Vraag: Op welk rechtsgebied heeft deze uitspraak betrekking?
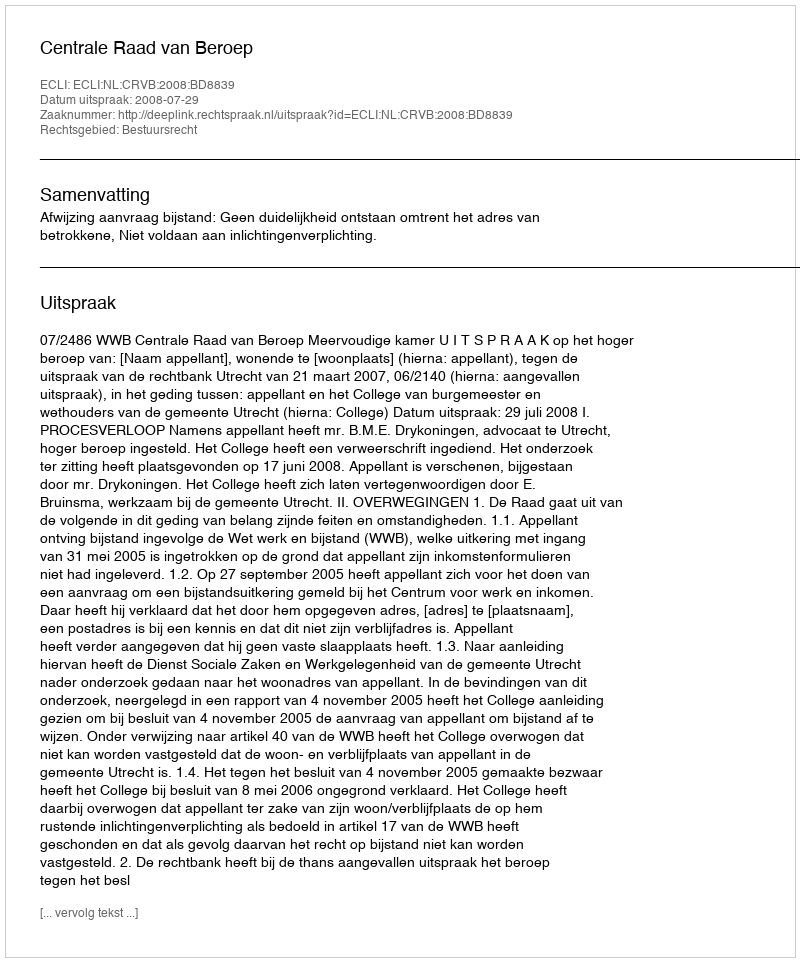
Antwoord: Bestuursrecht